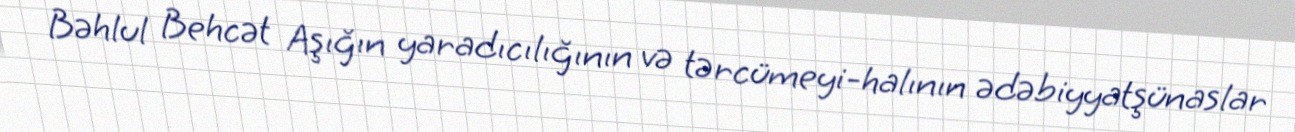
Bəhlul Behcət Aşığın yaradıcılığının və tərcümeyi-halının ədəbiyyatşünaslar